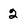
Character: 2